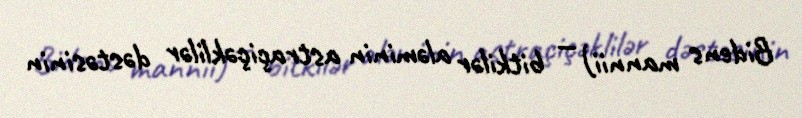
Bidens mannii) — bitkilər aləminin astraçiçəklilər dəstəsinin